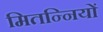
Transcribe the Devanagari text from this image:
मितन्नियों